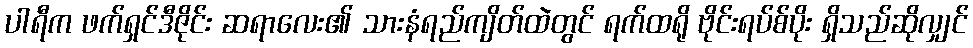
ပါရီက ဖက်ရှင်ဒီဇိုင်း ဆရာလေး၏ သားနံရည်ကျိတ်ထဲတွင် ရက်ထရို ဗိုင်းရပ်စ်ပိုး ရှိသည်ဆိုလျှင်